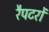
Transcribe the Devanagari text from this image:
रैपटरों